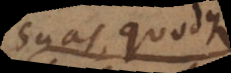
suas, quodque